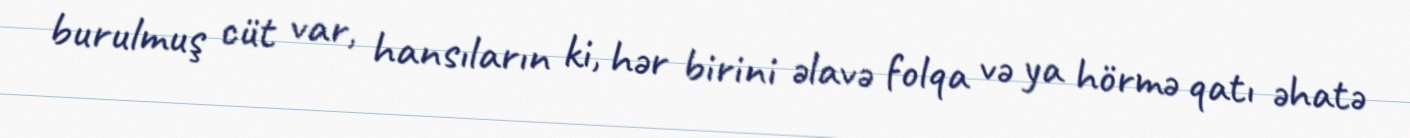
burulmuş cüt var, hansıların ki, hər birini əlavə folqa və ya hörmə qatı əhatə